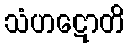
သံဟဋောတိ